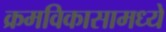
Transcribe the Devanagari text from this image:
क्रमविकासामध्ये